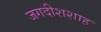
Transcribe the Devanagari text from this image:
जगदीशशाह